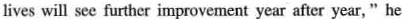
lives will see further improvement year afier year," he